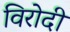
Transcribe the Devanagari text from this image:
विरोदी